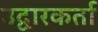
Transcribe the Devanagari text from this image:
उद्वारकर्ता